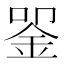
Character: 𬫈